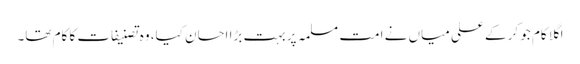
اگلا کام جو کر کے علی میاں نے امت مسلمہ پر بہت بڑا احسان کیا، وہ تصنیفات کا کام تھا۔